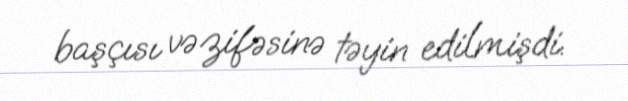
başçısı vəzifəsinə təyin edilmişdi.